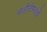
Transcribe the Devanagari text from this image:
नाड़ीरोगतज्ञों